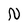
Character: N